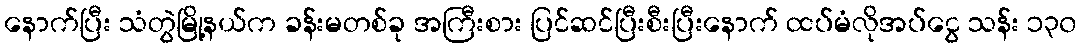
နောက်ပြီး သံတွဲမြို့နယ်က ခန်းမတစ်ခု အကြီးစား ပြင်ဆင်ပြီးစီးပြီးနောက် ထပ်မံလိုအပ်ငွေ သန်း ၁၃၀